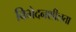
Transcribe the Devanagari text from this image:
विभेदनशीलता